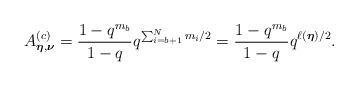
LaTeX: \begin{align*}A_{\boldsymbol{\eta}, \boldsymbol{\nu}}^{(c)}=\frac{1-q^{m_{b}}}{1-q}q^{\sum_{i=b+1}^{N}m_{i}/2}=\frac{1-q^{m_{b}}}{1-q}q^{\ell(\boldsymbol{\eta})/2}. \end{align*}